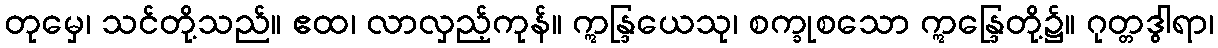
တုမှေ၊ သင်တို့သည်။ ဧထ၊ လာလှည့်ကုန်။ ဣန္ဒြယေသု၊ စက္ခုစသော ဣန္ဒြေတို့၌။ ဂုတ္တဒွါရာ၊